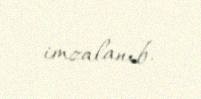
imzalanıb.